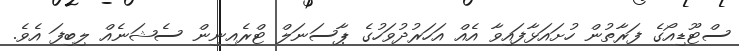
ސްޓޫޑިއޯގެ ފަރާތުން ހުށައަޅާފައިވާ އެއް އަހަރުދުވަހުގެ ޕާސަނަލް ޓްރެއިނިން ސެޝަނެއް ލިބިފަ އެވެ.